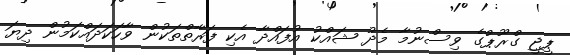
ޕީޖީ ގްރޫޕްގެ ވިސްނުމާ މެދު ޝައްކު އުފައްދާ އެކި ފަރާތްތަކުން ވާހަކަދައްކަމުން ދިޔަ